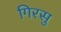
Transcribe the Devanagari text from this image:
गिरसु